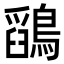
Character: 𪅎